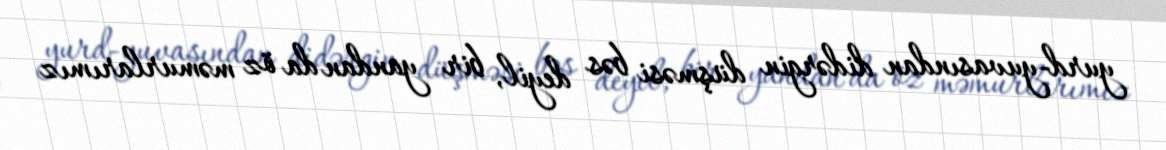
yurd-yuvasından didərgin düşməsi bəs deyil, bir yandan da öz məmurlarımız